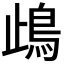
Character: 𩾰